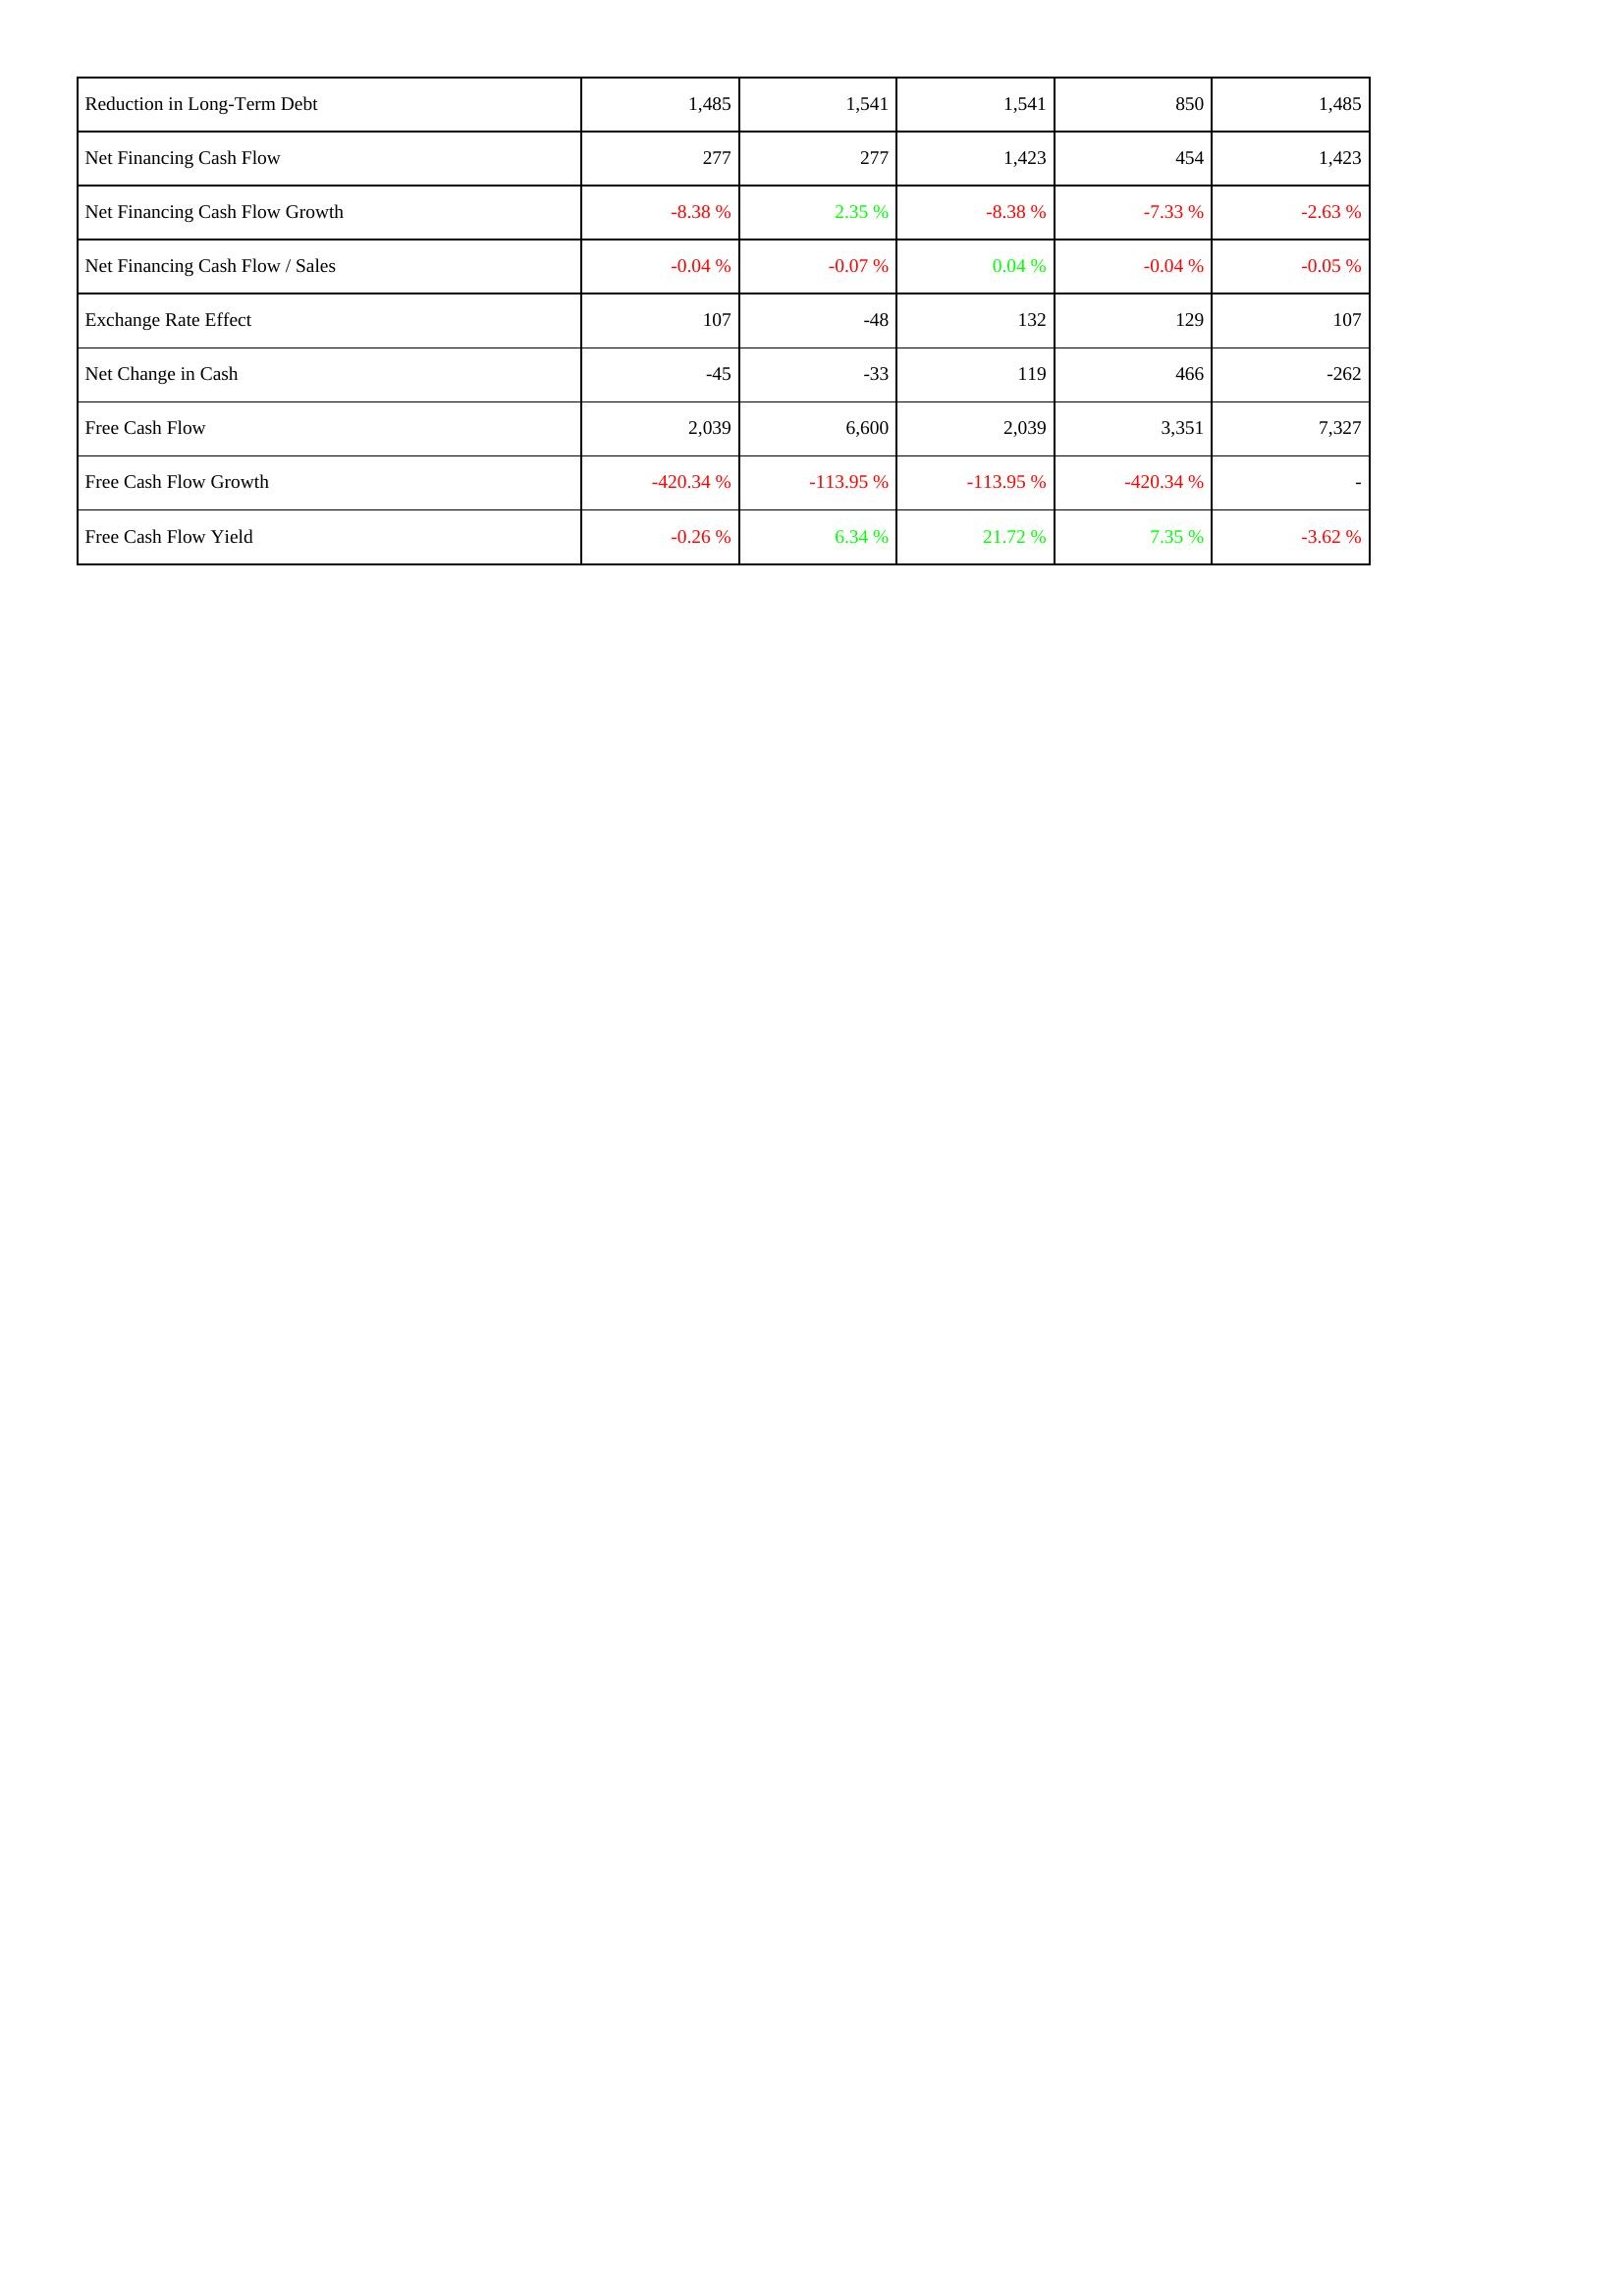
2022: Financing Activities: Reduction in Long-Term Debt: 1,485
Net Financing Cash Flow: 277
Net Financing Cash Flow Growth: -8.38 %
Net Financing Cash Flow / Sales: -0.04 %
Exchange Rate Effect: 107
Net Change in Cash: -45
Free Cash Flow: 2,039
Free Cash Flow Growth: -420.34 %
Free Cash Flow Yield: -0.26 %
2021: Financing Activities: Reduction in Long-Term Debt: 1,541
Net Financing Cash Flow: 277
Net Financing Cash Flow Growth: 2.35 %
Net Financing Cash Flow / Sales: -0.07 %
Exchange Rate Effect: -48
Net Change in Cash: -33
Free Cash Flow: 6,600
Free Cash Flow Growth: -113.95 %
Free Cash Flow Yield: 6.34 %
2020: Financing Activities: Reduction in Long-Term Debt: 1,541
Net Financing Cash Flow: 1,423
Net Financing Cash Flow Growth: -8.38 %
Net Financing Cash Flow / Sales: 0.04 %
Exchange Rate Effect: 132
Net Change in Cash: 119
Free Cash Flow: 2,039
Free Cash Flow Growth: -113.95 %
Free Cash Flow Yield: 21.72 %
2019: Financing Activities: Reduction in Long-Term Debt: 850
Net Financing Cash Flow: 454
Net Financing Cash Flow Growth: -7.33 %
Net Financing Cash Flow / Sales: -0.04 %
Exchange Rate Effect: 129
Net Change in Cash: 466
Free Cash Flow: 3,351
Free Cash Flow Growth: -420.34 %
Free Cash Flow Yield: 7.35 %
2018: Financing Activities: Reduction in Long-Term Debt: 1,485
Net Financing Cash Flow: 1,423
Net Financing Cash Flow Growth: -2.63 %
Net Financing Cash Flow / Sales: -0.05 %
Exchange Rate Effect: 107
Net Change in Cash: -262
Free Cash Flow: 7,327
Free Cash Flow Growth: -
Free Cash Flow Yield: -3.62 %